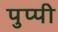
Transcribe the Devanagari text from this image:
पुप्पी